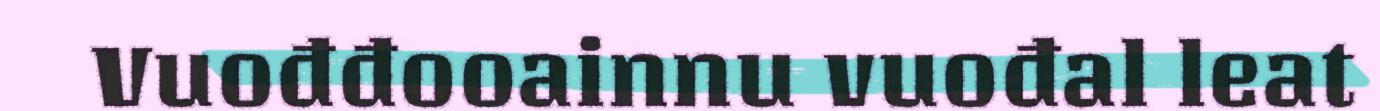
Vuođđooainnu vuođal leat